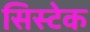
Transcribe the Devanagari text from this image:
सिस्टेक